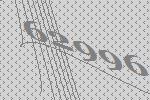
62996